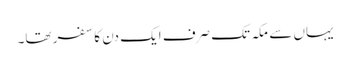
یہاں سے مکہ تک صرف ایک دن کا سفر تھا۔